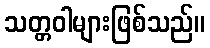
သတ္တဝါများဖြစ်သည်။